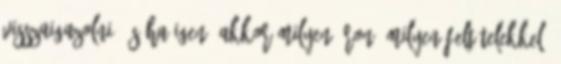
visszaigazolni, és ha igen, akkor milyen áron, milyen feltételekkel.